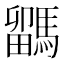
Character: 𩥖